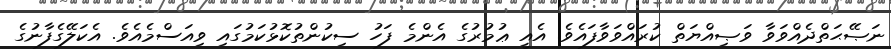
ނަޞޭޙަތްދެއްވަވާ ވަޞިއްޔަތް ކުރައްވަވާފައެވެ. އެއީ ޢުމުރުގެ އެންމެ ފަހު ސިކުންތުކޮޅުކަމުގައި ވިއަސްމެއެވެ. އެކަލޭގެފާނުގެ